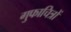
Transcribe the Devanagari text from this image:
गुफाचित्रों